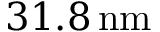
3 1 . 8 \, \mathrm { n m }